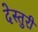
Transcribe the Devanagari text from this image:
देस्तुरी